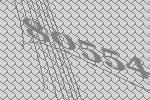
80554